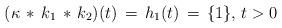
LaTeX: \begin{align*}(\kappa\,*\, k_1\, *\, k_2)(t)\, =\, h_1(t)\, = \, \{1\},\, t>0\end{align*}